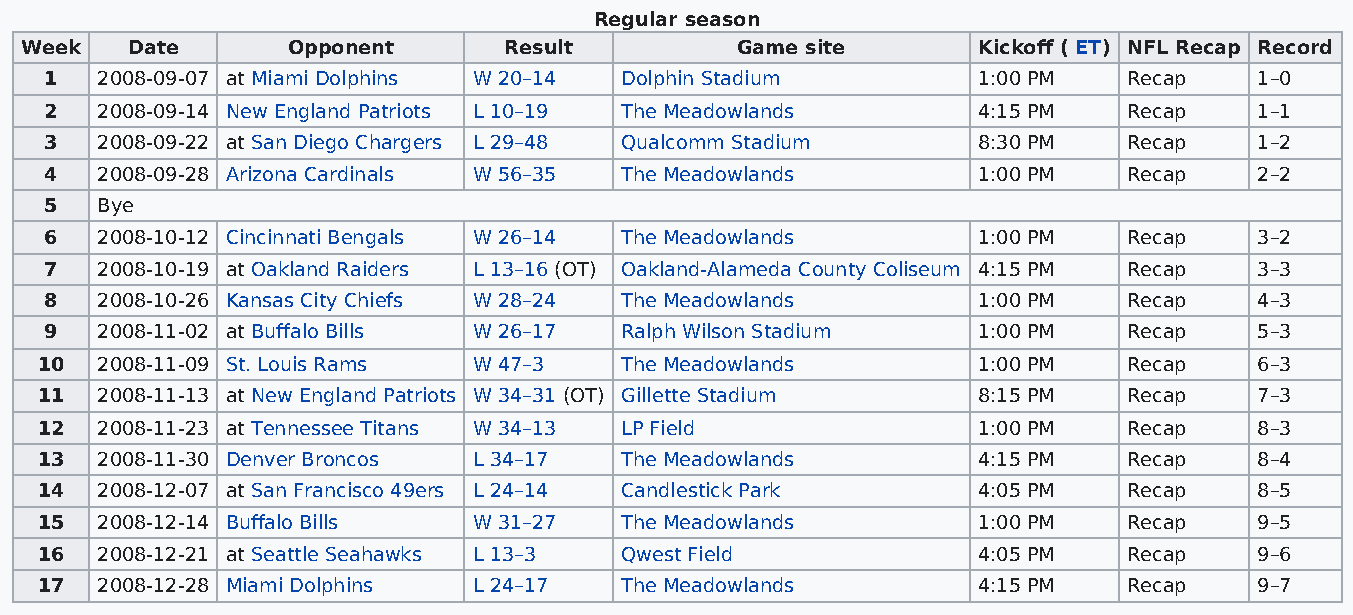
Regular season
 Week   Date       Opponent      Result          Game site       Kickoff ( ET) NFL Recap Record
 1  2008-09-07 at Miami Dolphins W 20–14 Dolphin Stadium       1:00 PM   Recap   1–0
 2  2008-09-14 New England Patriots L 10–19 The Meadowlands    4:15 PM   Recap   1–1
 3  2008-09-22 at San Diego Chargers L 29–48 Qualcomm Stadium  8:30 PM   Recap   1–2
 4  2008-09-28 Arizona Cardinals W 56–35 The Meadowlands       1:00 PM   Recap   2–2
 5  Bye
 6  2008-10-12 Cincinnati Bengals W 26–14 The Meadowlands      1:00 PM   Recap   3–2
 7  2008-10-19 at Oakland Raiders L 13–16 (OT) Oakland-Alameda County Coliseum 4:15 PM Recap 3–3
 8  2008-10-26 Kansas City Chiefs W 28–24 The Meadowlands      1:00 PM   Recap   4–3
 9  2008-11-02 at Buffalo Bills W 26–17 Ralph Wilson Stadium   1:00 PM   Recap   5–3
 10  2008-11-09 St. Louis Rams W 47–3   The Meadowlands         1:00 PM   Recap   6–3
 11  2008-11-13 at New England Patriots W 34–31 (OT) Gillette Stadium 8:15 PM Recap 7–3
 12  2008-11-23 at Tennessee Titans W 34–13 LP Field            1:00 PM   Recap   8–3
 13  2008-11-30 Denver Broncos L 34–17  The Meadowlands         4:15 PM   Recap   8–4
 14  2008-12-07 at San Francisco 49ers L 24–14 Candlestick Park 4:05 PM   Recap   8–5
 15  2008-12-14 Buffalo Bills W 31–27   The Meadowlands         1:00 PM   Recap   9–5
 16  2008-12-21 at Seattle Seahawks L 13–3 Qwest Field          4:05 PM   Recap   9–6
 17  2008-12-28 Miami Dolphins L 24–17  The Meadowlands         4:15 PM   Recap   9–7